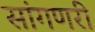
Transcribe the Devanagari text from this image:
सांगणरी